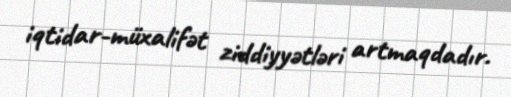
iqtidar-müxalifət ziddiyyətləri artmaqdadır.